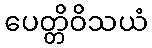
ပေတ္တိဝိသယံ